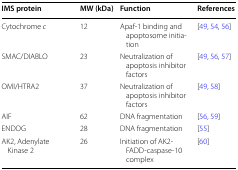
| IMS protein | MW (kDa) | Function | References |
 | --- | --- | --- | --- |
 | Cytochrome c | 12 | Apaf-1 binding and apoptosome initiation | [49, 54, 56] |
 | SMAC/DIABLO | 23 | Neutralization of apoptosis inhibitor factors | [49, 56, 57] |
 | OMI/HTRA2 | 37 | Neutralization of apoptosis inhibitor factors | [49, 58] |
 | AIF | 62 | DNA fragmentation | [56, 59] |
 | ENDOG | 28 | DNA fragmentation | [55] |
 | AK2, Adenylate Kinase 2 | 26 | Initiation of AK2-FADD-caspase-10 complex | [60] |